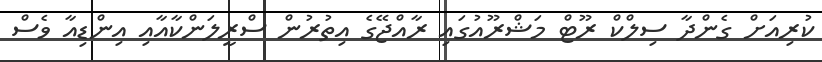
ކުރިއަށް ގެންދާ ސިލްކް ރޫޓް މަޝްރޫއުގައި ރާއްޖޭގެ އިތުރުން ސްރީލަންކާއާއި އިންޑިއާ ވެސް